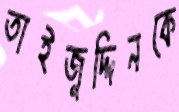
তাইজুদ্দিনকে